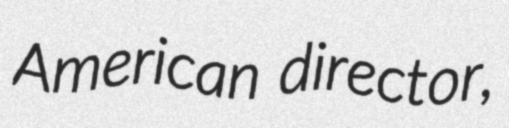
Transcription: American director,